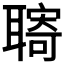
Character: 𦗞